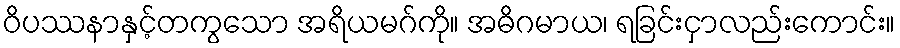
ဝိပဿနာနှင့်တကွသော အရိယမဂ်ကို။ အဓိဂမာယ၊ ရခြင်းငှာလည်းကောင်း။